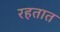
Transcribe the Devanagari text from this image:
रहतात